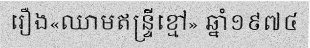
រឿង«ឈាមឥន្ទ្រីខ្មៅ» ឆ្នាំ១៩៧៤